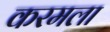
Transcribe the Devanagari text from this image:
करमला